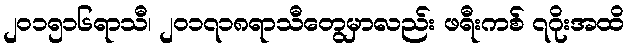
၂၀၁၅၁၆ရာသီ၊ ၂၀၁၇၁၈ရာသီတွေမှာလည်း ဖရီးကစ် ၇ဂိုးအထိ